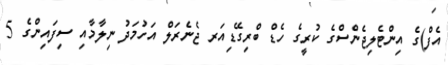
އެފް)ގެ އިންޓެލިޖެންސްގެ ކުރީގެ ހެޑް ބްރިގޭޑިއަރ ޖެނެރަލް އަހުމަދު ނިލާމާއި ސިފައިންގެ 5